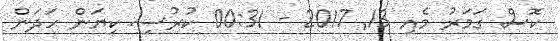
ކޮަސް ގަމަރު މެއި 13